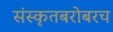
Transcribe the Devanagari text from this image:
संस्कृतबरोबरच